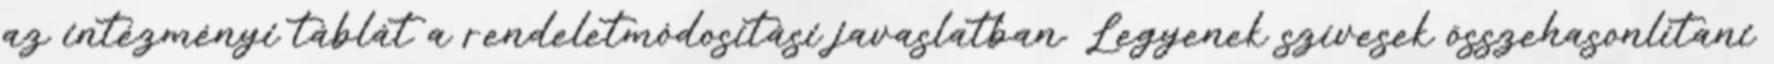
az intézményi táblát a rendeletmódosítási javaslatban. Legyenek szívesek összehasonlítani